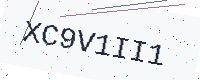
Text: XC9V1II1